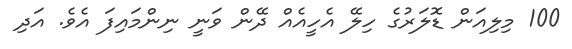
100 މިލިއަން ޑޮލަރުގެ ހިލޭ އެހީއެއް ދޭން ވަނީ ނިންމައިފަ އެވެ. އަދި